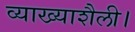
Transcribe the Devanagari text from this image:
व्याख्याशैली।